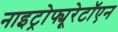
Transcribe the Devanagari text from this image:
नाइट्रोफ्यूरेटॉएन